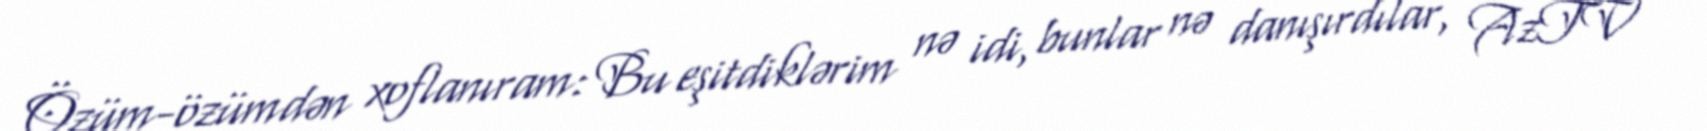
Özüm-özümdən xoflanıram: Bu eşitdiklərim nə idi, bunlar nə danışırdılar, AzTV